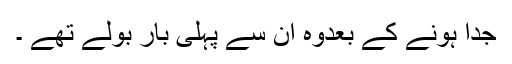
جُدا ہونے کے بعدوہ ان سے پہلی بار بولے تھے ۔